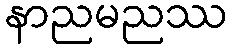
နာညမညဿ